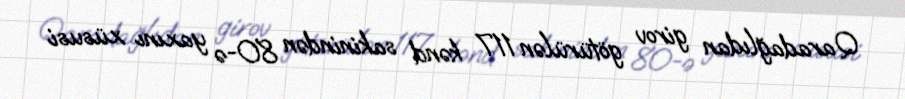
Qaradağlıdan girov götürülən 117 kənd sakinindən 80-ə yaxını xüsusi